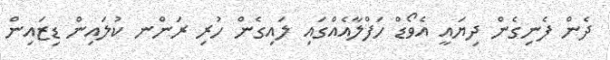
ދެން ފެނިގެން ދިޔައީ އެވޯޑް ހަފްލާއެއްގައި ލައިގެން ހުރި ރަންނ ކުލައިން ޑިޒައިން